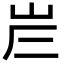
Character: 𡶂